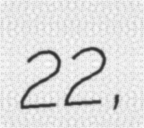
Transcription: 22,